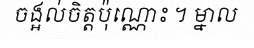
ចង្អល់ចិត្តប៉ុណ្ណោះ ។ ម្នាល